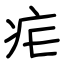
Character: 疟